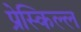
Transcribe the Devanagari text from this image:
प्रेस्किल्ल